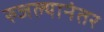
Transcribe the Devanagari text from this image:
रुजल्यानंतर